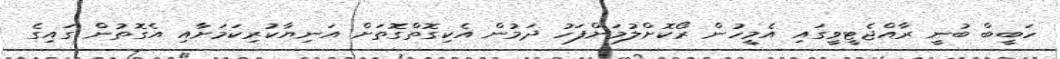
ހަބީބް ބުނީ ރާއްޖެޓީވީގައި އެމީހުން ރޯކޮށްލުމަށްފަހު ދަމުން އެކިގޮތްގޮތަށް އަނިޔާކުރިކަމަށާއި އެގޮތުން ގައިގެ